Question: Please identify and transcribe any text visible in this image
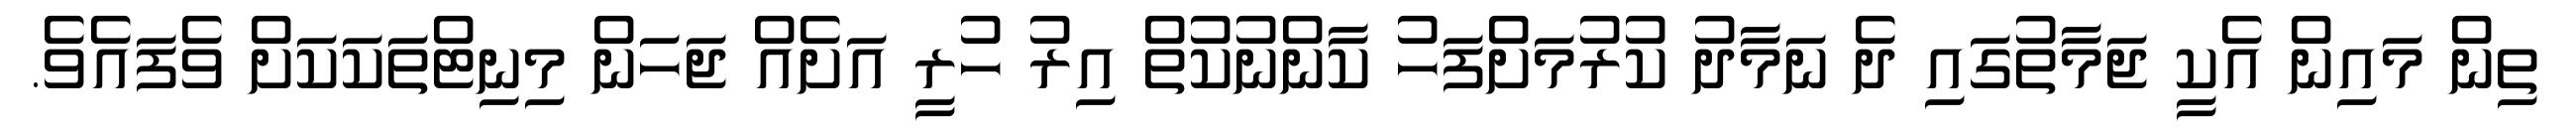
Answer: ތިން މައިން އެކީ ޖަމާތުގައި ދެ ނަމާދު ކުރުމަށްފަހު ކާންނުކުތް އިރު ހުރީ އަށެއް ޖަހަން މިނިޓްތަކަކަށް ވެފައެވެ.